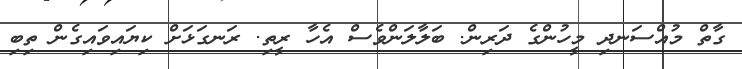
ގާތް މުއްސަނދި މީހުންގެ ދަރިން. ބަލާލަންވެސް އެހާ ރީތި. ރަނގަޅަށް ކިޔައިވައިގެން ތިބި